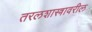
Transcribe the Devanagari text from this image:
तरलशास्त्रावरील